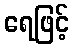
ရေဖြင့်